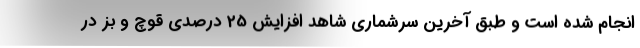
انجام شده است و طبق آخرین سرشماری شاهد افزایش 25 درصدی قوچ و بز در